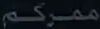
مَفْرِکُم